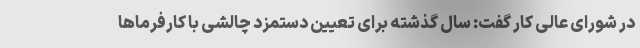
در شورای عالی کار گفت: سال گذشته برای تعیین دستمزد چالشی با کارفرماها